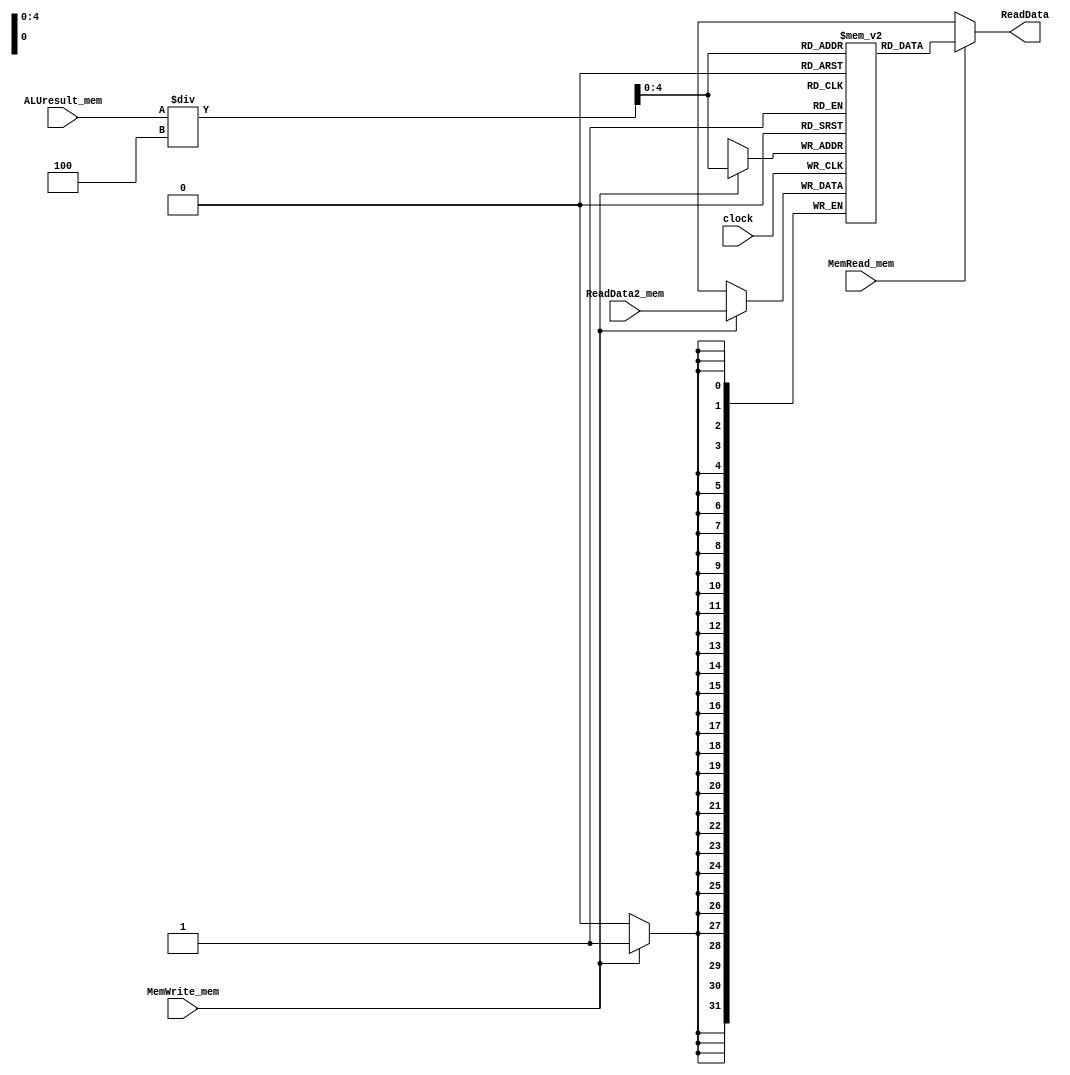
`timescale 1ns / 1ps
//////////////////////////////////////////////////////////////////////////////////
// Company: 
// Engineer: 
// 
// Design Name: 
// Module Name:    DataMem 
// Project Name: 
// Target Devices: 
// Tool versions: 
// Description: 
//
// Dependencies: 
//
// Revision: 
// Revision 0.01 - File Created
// Additional Comments: 
//
//////////////////////////////////////////////////////////////////////////////////
module DataMem(clock,ALUresult_mem,ReadData2_mem,MemWrite_mem,MemRead_mem,ReadData);//unchanged
	input clock;
	input [31:0]ALUresult_mem,ReadData2_mem;
	input MemWrite_mem,MemRead_mem;
	output [31:0]ReadData;
	reg [31:0] DM[0:31];
	
	initial begin
		DM[0] = 32'b0;
		DM[1] = 32'b0;
		DM[2] = 32'b0;
		DM[3] = 32'b0;
		DM[4] = 32'b0;
		DM[5] = 32'b0;
		DM[6] = 32'b0;
		DM[7] = 32'b0;
		DM[8] = 32'b0;
		DM[9] = 32'b0;
		DM[10] = 32'b0;
		DM[11] = 32'b0;
		DM[12] = 32'b0;
		DM[13] = 32'b0;
		DM[14] = 32'b0;
		DM[15] = 32'b0;
		DM[16] = 32'b0;
		DM[17] = 32'b0;
		DM[18] = 32'b0;
		DM[19] = 32'b0;
		DM[20] = 32'b0;
		DM[21] = 32'b0;
		DM[22] = 32'b0;
		DM[23] = 32'b0;
		DM[24] = 32'b0;
		DM[25] = 32'b0;
		DM[26] = 32'b0;
		DM[27] = 32'b0;
		DM[28] = 32'b0;
		DM[29] = 32'b0;
		DM[30] = 32'b0;
		DM[31] = 32'b0;
	end
	
	always @(negedge clock) begin
		//if (MemRead_mem) ReadData = DM[ALUresult_mem/4]; //lw
		if (MemWrite_mem) DM[ALUresult_mem/4] = ReadData2_mem; //sw
	end
	assign ReadData=(MemRead_mem)?DM[ALUresult_mem/4]:32'bx;
endmodule